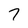
Character: 7